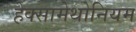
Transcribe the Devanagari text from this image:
हेक्सामेथोनियम